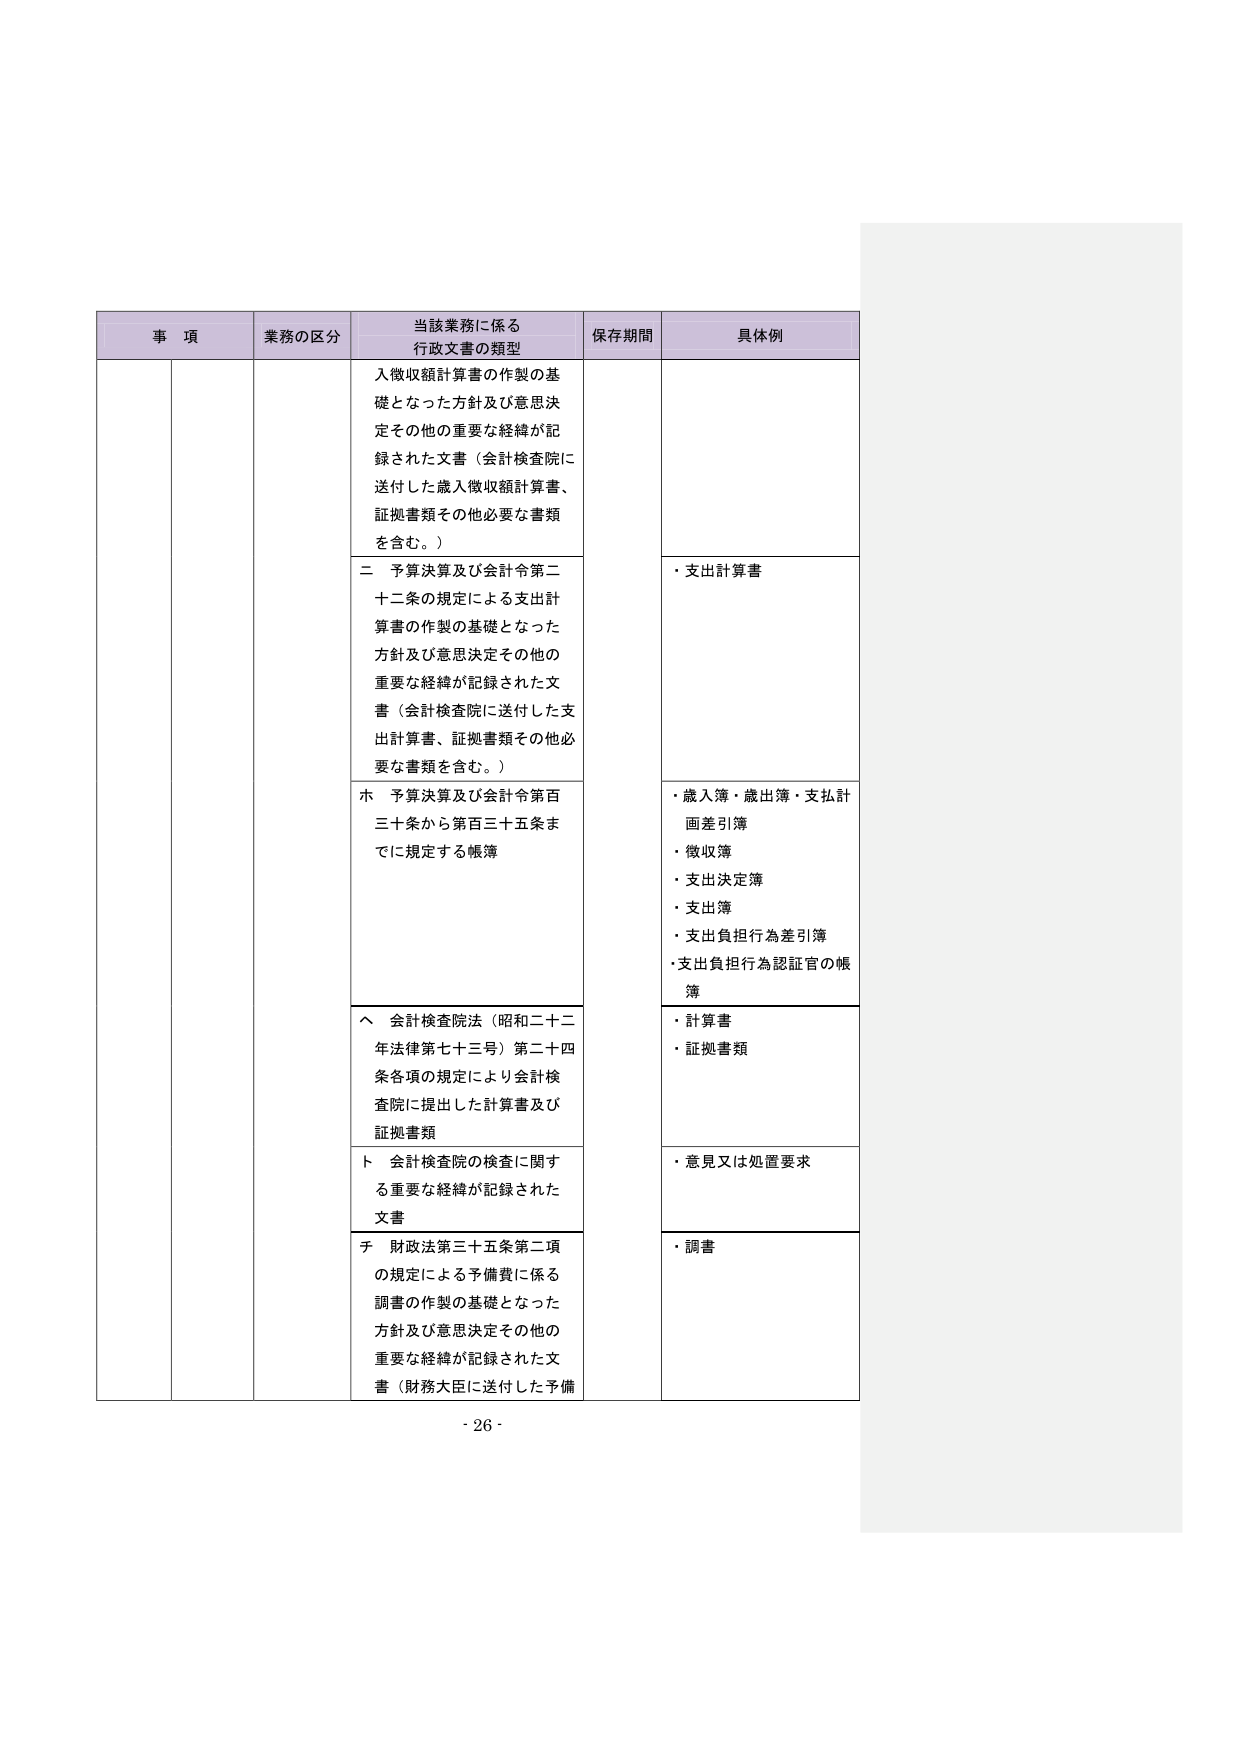
事 項 業務の区分 当該業務に係る 行政文書の類型 保存期間 具体例 入徴収額計算書の作製の基 礎となった方針及び意思決 定その他の重要な経緯が記 録された文書（会計検査院に 送付した歳入徴収額計算書、 証拠書類その他必要な書類 を含む。） 二 予算決算及び会計令第二 十二条の規定による支出計 算書の作製の基礎となった 方針及び意思決定その他の 重要な経緯が記録された文 書（会計検査院に送付した支 出計算書、証拠書類その他必 要な書類を含む。） ・支出計算書 ホ 予算決算及び会計令第百 三十条から第百三十五条ま でに規定する帳簿 ・歳入簿・歳出簿・支払計 画差引簿 ・徴収簿 ・支出決定簿 ・支出簿 ・支出負担行為差引簿 ・支出負担行為認証官の帳 簿 へ 会計検査院法（昭和二十二 年法律第七十三号）第二十四 条各項の規定により会計検 査院に提出した計算書及び 証拠書類 ・計算書 ・証拠書類 ト 会計検査院の検査に関す る重要な経緯が記録された 文書 ・意見又は処置要求 チ 財政法第三十五条第二項 の規定による予備費に係る 調書の作製の基礎となった 方針及び意思決定その他の 重要な経緯が記録された文 書（財務大臣に送付した予備 ・調書 - 26 -